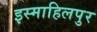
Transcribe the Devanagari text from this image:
इस्माहिलपुर